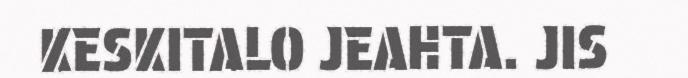
KESKITALO JEAHTA. JIS